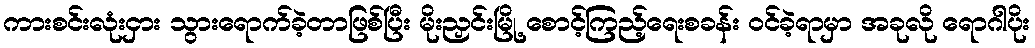
ကားစင်းလုံးငှား သွားရောက်ခဲ့တာဖြစ်ပြီး မိုးညှင်းမြို့ စောင့်ကြည့်ရေးစခန်း ဝင်ခဲ့ရာမှာ အခုလို ရောဂါပိုး